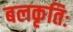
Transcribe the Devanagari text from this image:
बलकृतिः